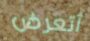
أتعرض